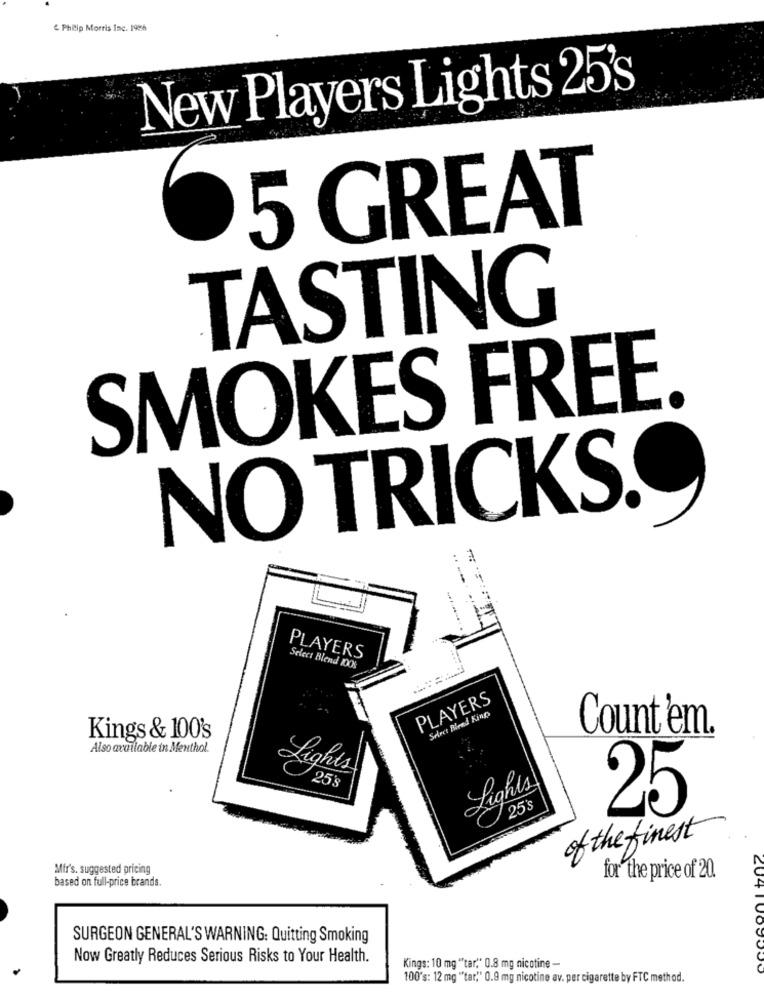
& Philip Morris Inc. 1986
New Players Lights 25's
5 GREAT
TASTING
SMOKES FREE.
NO TRICKS.
PLAYERS
Select Blend IOCX-
PLAYERS
Select Bleed Kings
Count 'em.
Kings & 100's
Also available in Menthol.
Lights
25
Lights
25's
25
of the finest
Mfr's. suggested pricing
based on full-price brands.
for the price of 20.
SURGEON GENERAL'S WARNING: Quitting Smoking
Now Greatly Reduces Serious Risks to Your Health.
Kings: 10 mg "tar," 0.8 mg nicotine -
100's: 12 mg "tar," 0.9 mg nicotine av. per cigarette by FTC method.